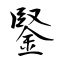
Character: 鋻